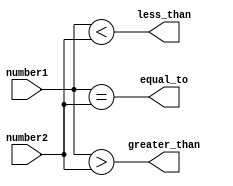
module comparator (
    input [15:0] number1,
    input [15:0] number2,
    output less_than,
    output equal_to,
    output greater_than
);

assign less_than = (number1 < number2);
assign equal_to = (number1 == number2);
assign greater_than = (number1 > number2);

endmodule